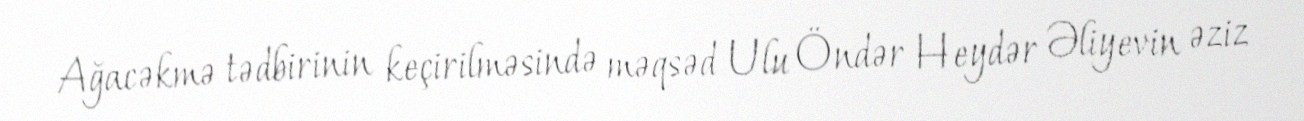
Ağacəkmə tədbirinin keçirilməsində məqsəd Ulu Öndər Heydər Əliyevin əziz